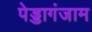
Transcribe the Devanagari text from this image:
पेड्डागंजाम